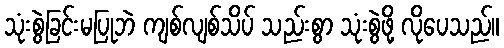
သုံးစွဲခြင်းမပြုဘဲ ကျစ်လျစ်သိပ် သည်းစွာ သုံးစွဲဖို့ လိုပေသည်။